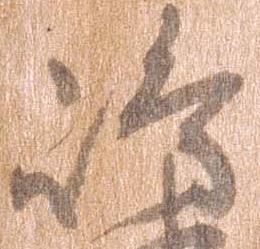
島